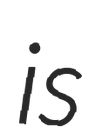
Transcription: is